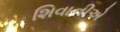
શિવાનીએ